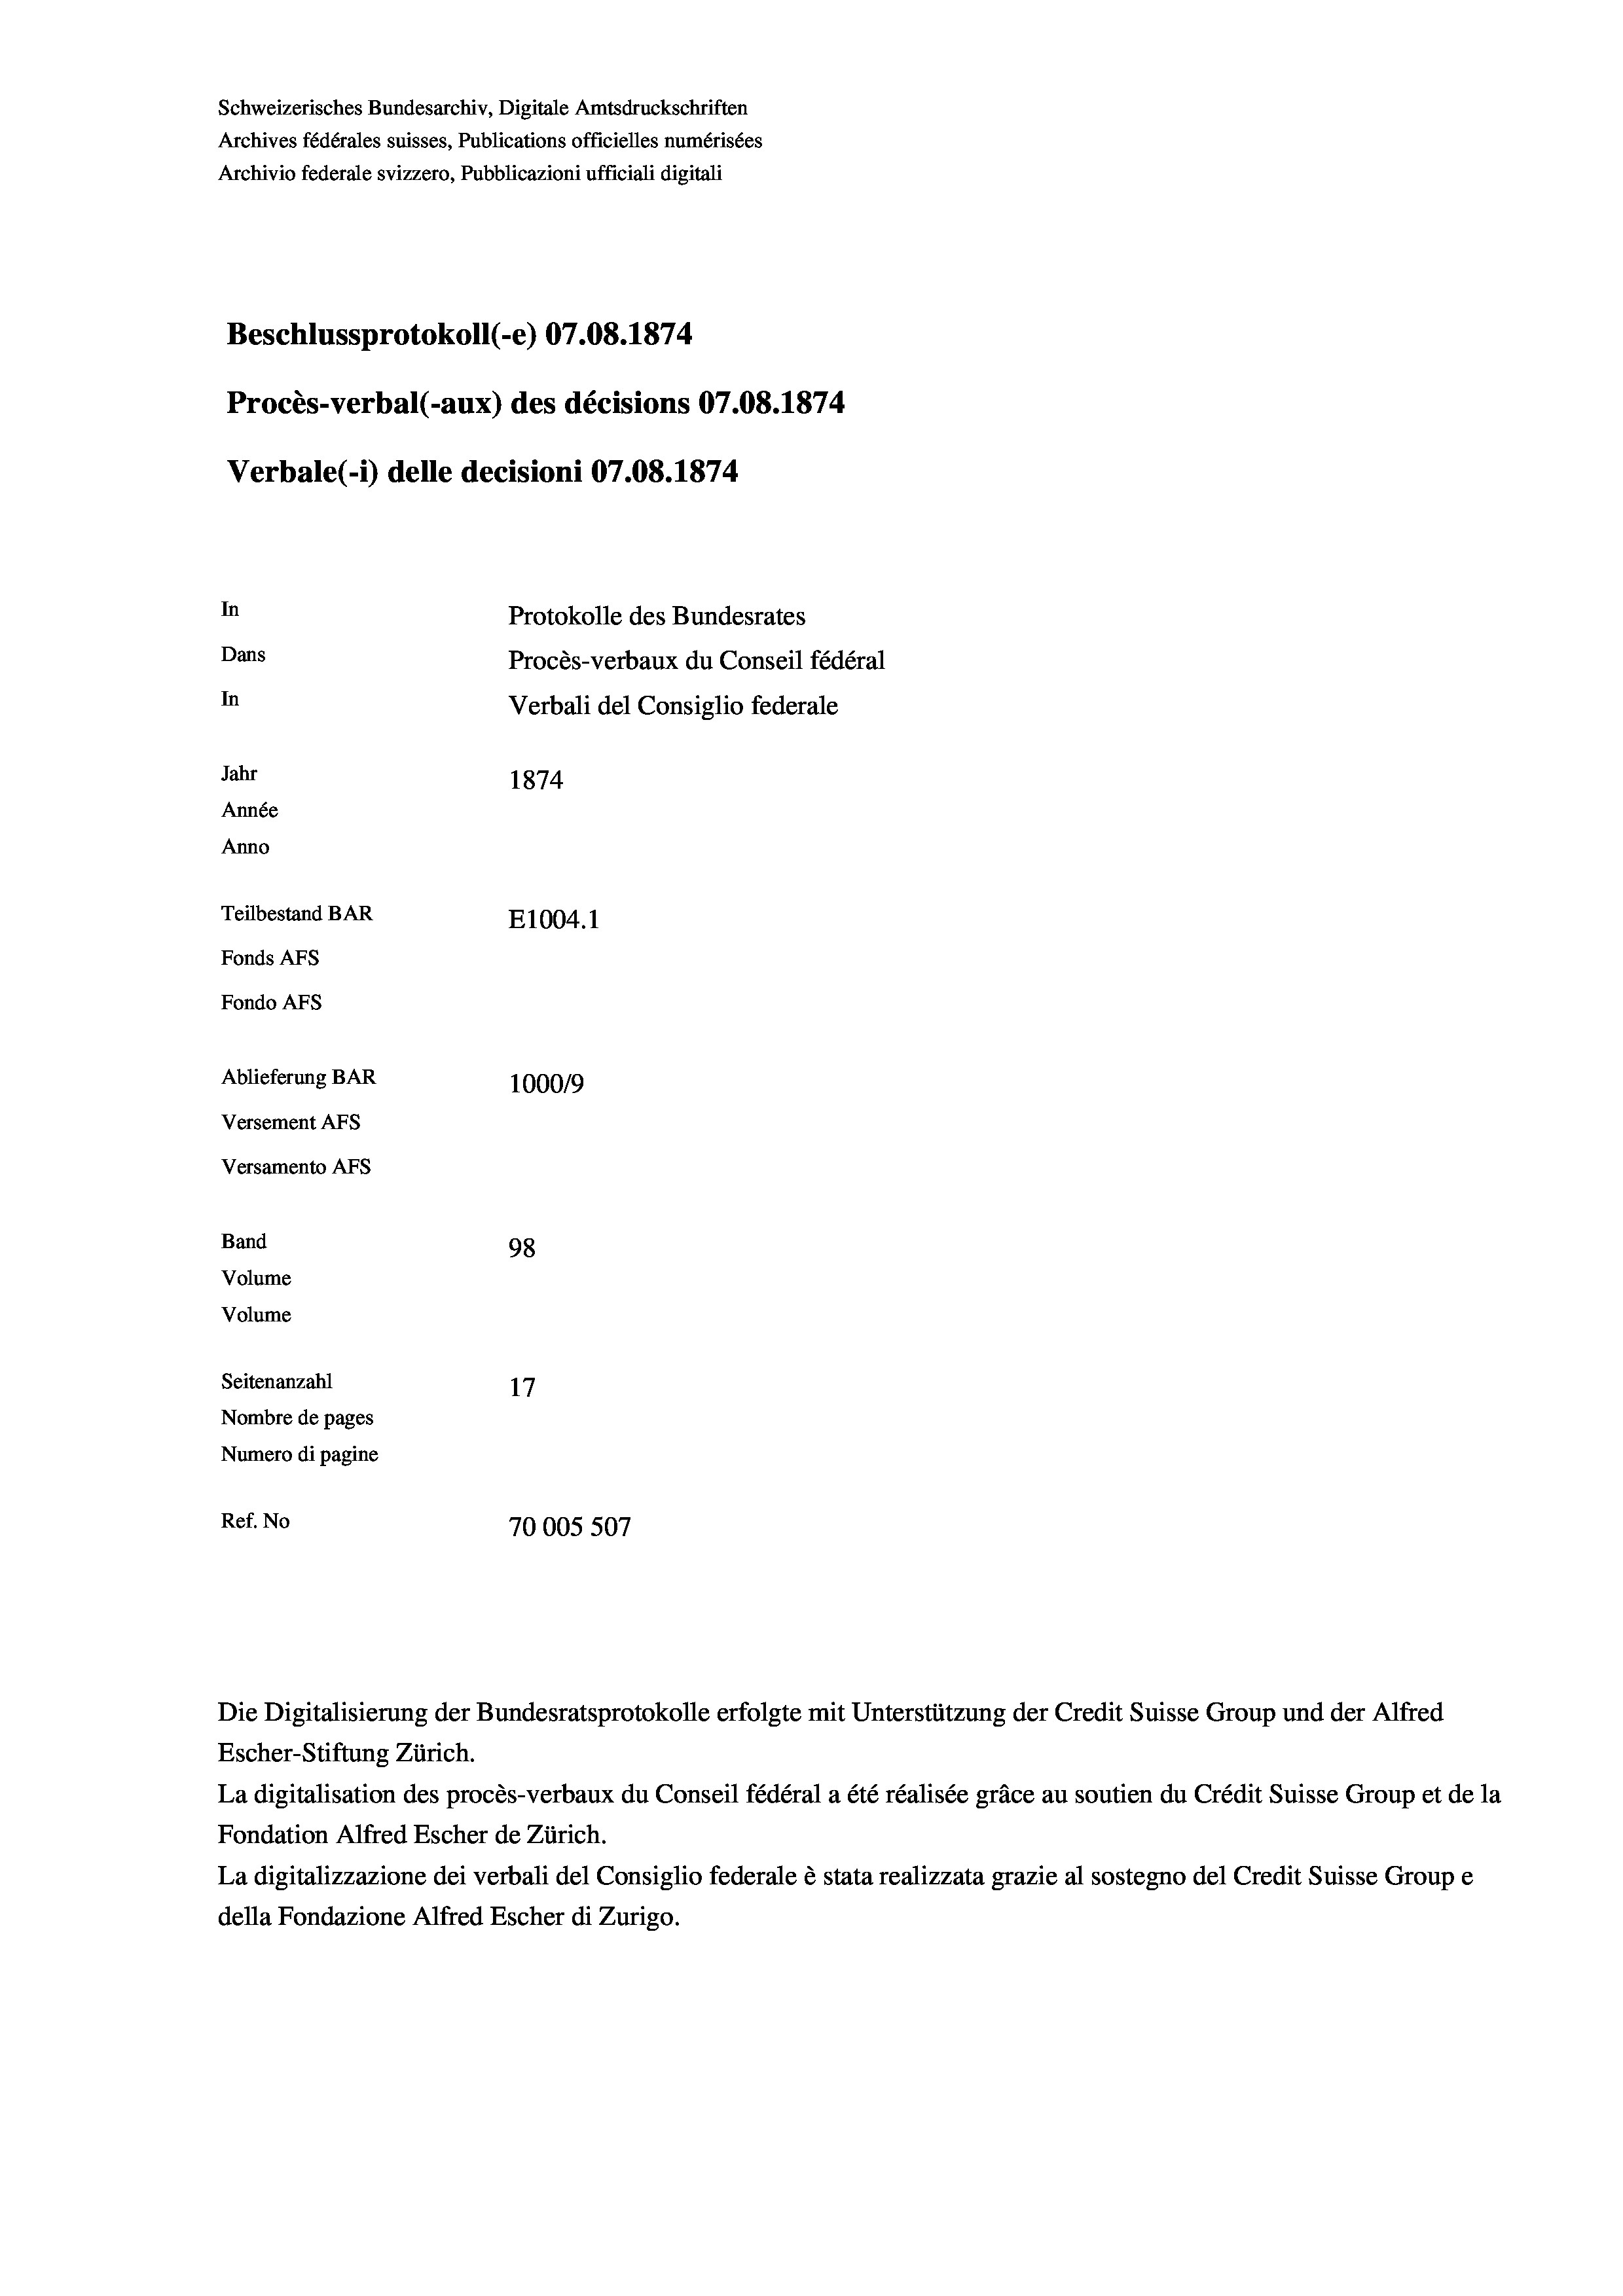
Schweizerisches Bundesarchiv, Digitale Amtsdruckschriften
Archives fédérales suisses, Publications officielles numérisées
Archivio federale svizzero, Pubblicazioni ufficiali digitali
Beschlussprotokoll (-e) 07.08. 1874
Procès-verbal (-aux) des décisions 07.08. 1874
Verbale (i) delle decisioni 07.08. 1874
In
Protokolle des Bundesrates
Dans
Procès-verbaux du Conseil fédéral
In
Verbali del Consiglio federale
Jahr
1874
Année
Anno
Teilbestand BAR
E1004.1
Fonds AEs
Fondo AFs
Ablieferung BAR
100019
Versement AFS
Versamento AFs
Band
98

Seitenanzahl
17
Nombre de pages
Numero di pagine
Ref. No
70005 507

Volume
Volume

Die Digitalisierung der Bundesratsprotokolle erfolgte mit Unterstützung der Credit Suisse Group und der Alfred
Escher-Stiftung Zürich.
La digitalisation des procès-verbaux du Conseil fédéral a été réalisée gräce au soutien du Crédit Suisse Group et de la
Fondation Alfred Escher de Zürich.
La digitalizzazione dei verbali del Consiglio federale è stata realizzata grazie al sostegno del Credit Suisse Groupe
della Fondazione Alfred Escher di Zurigo.